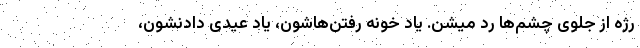
رژه از جلوی چشم‌ها رد میشن. یاد خونه رفتن‌هاشون، یاد عیدی دادنشون،